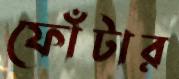
ফোঁটার